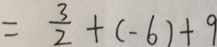
= \frac { 3 } { 2 } + ( - 6 ) + 9